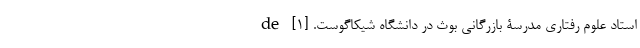
استاد علوم رفتاریِ مدرسۀ بازرگانی بوث در دانشگاه شیکاگوست. [۱] de